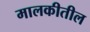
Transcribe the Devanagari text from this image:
मालकीतील